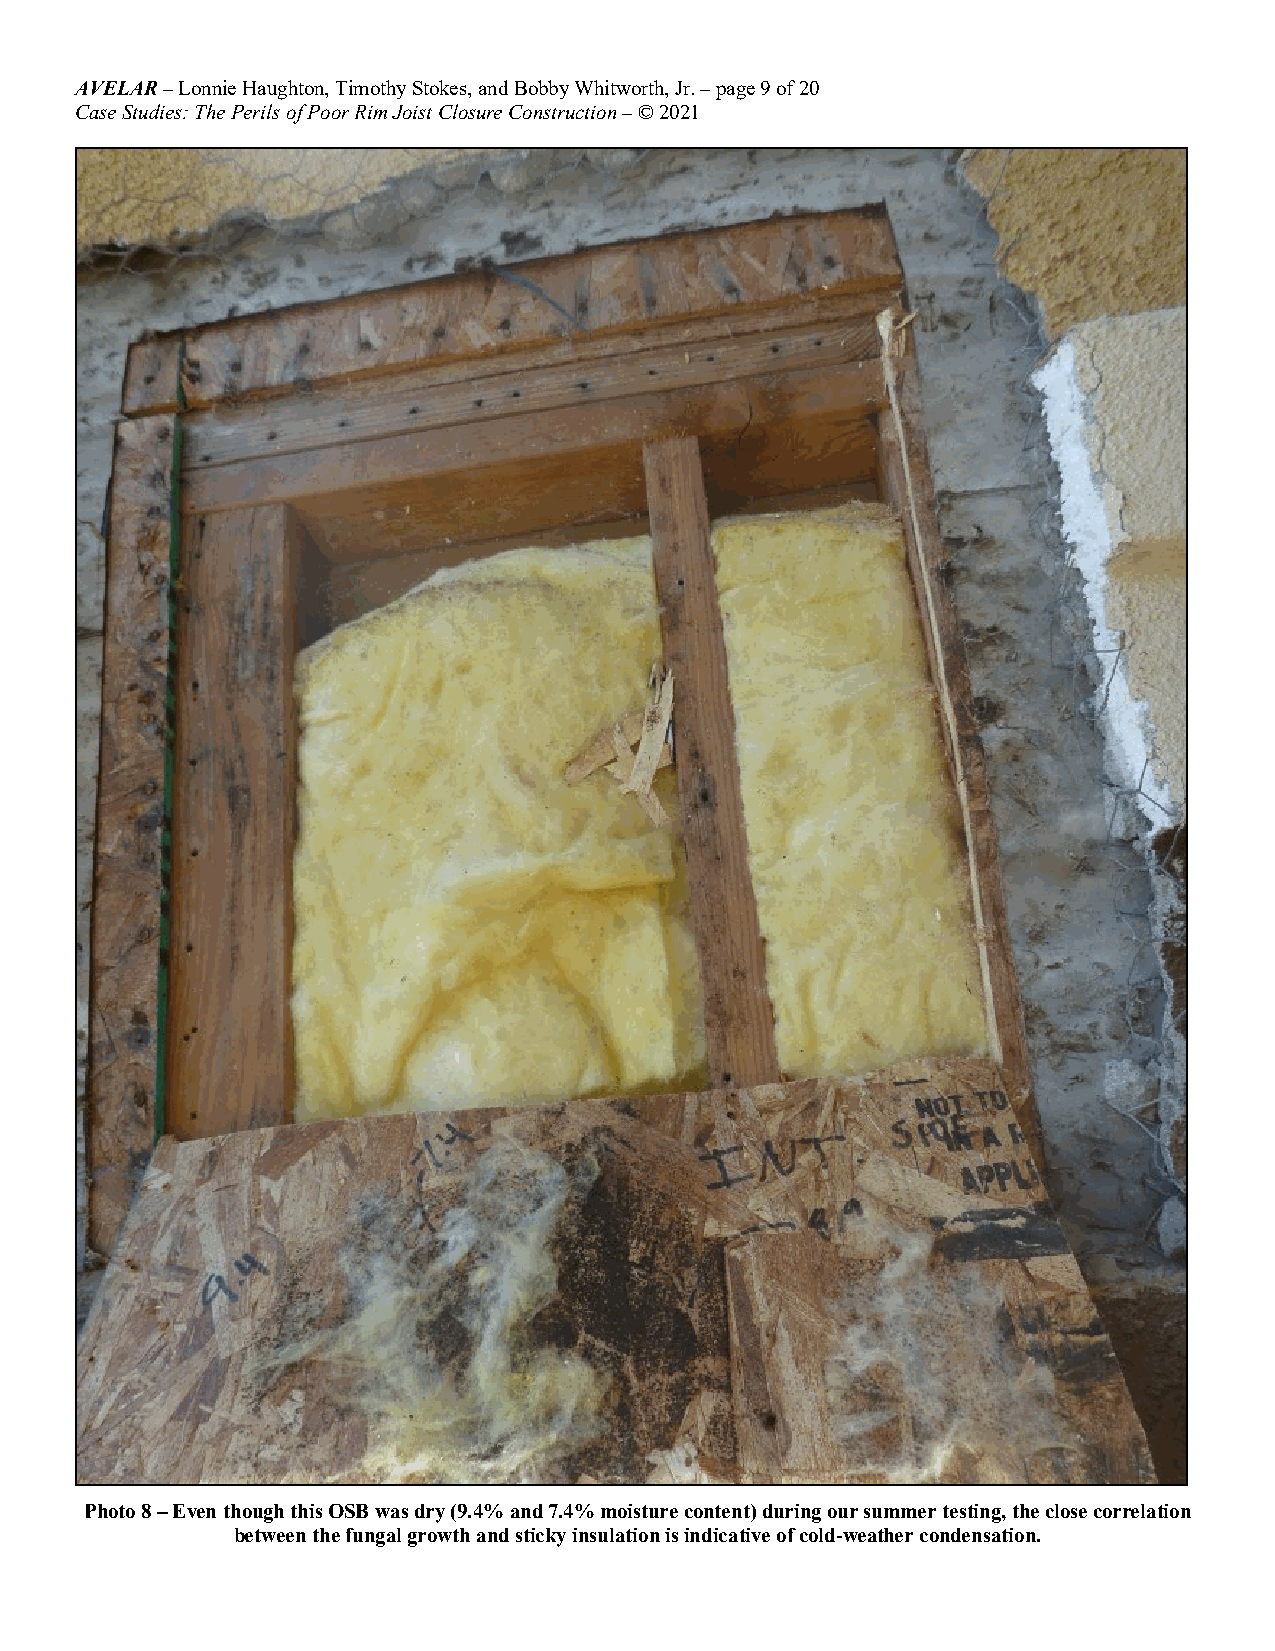
AVELAR – Lonnie Haughton, Timothy Stokes, and Bobby Whitworth, Jr. – page 9 of 20
 Case Studies: The Perils of Poor Rim Joist Closure Construction – © 2021
 Photo 8 – Even though this OSB was dry (9.4% and 7.4% moisture content) during our summer testing, the close correlation
 between the fungal growth and sticky insulation is indicative of cold-weather condensation.